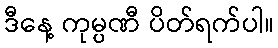
ဒီနေ့ ကုမ္ပဏီ ပိတ်ရက်ပါ။